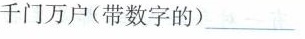
千门万户(带数字的)___